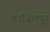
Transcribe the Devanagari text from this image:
फ़ाज़िलपुर